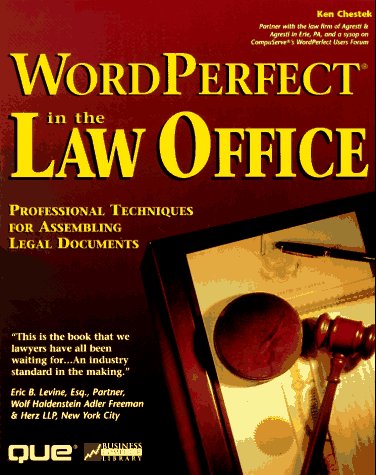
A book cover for Wordperfect in the Law Office (Business Computer Library); Ken Chestek; Law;